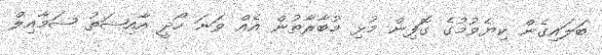
ބަލައިގެން ކިޔެވުމުގެ ގޮފިން މުޅި މުބާރާތުން އެއް ވަނަ ހޯދީ އާއިޝަތު ޝަމާއިލް